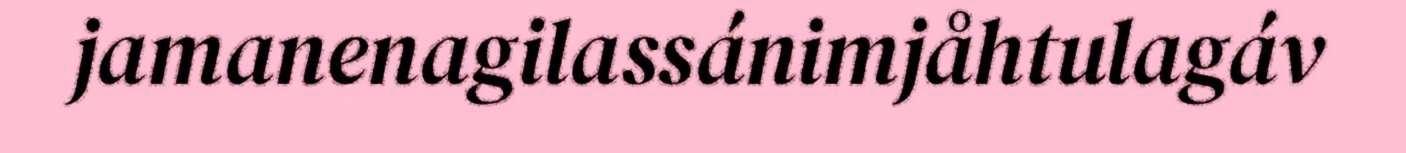
jamanenagilassánimjåhtulagáv